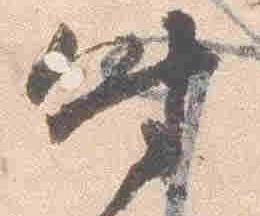
時